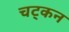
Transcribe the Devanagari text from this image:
चट्कन